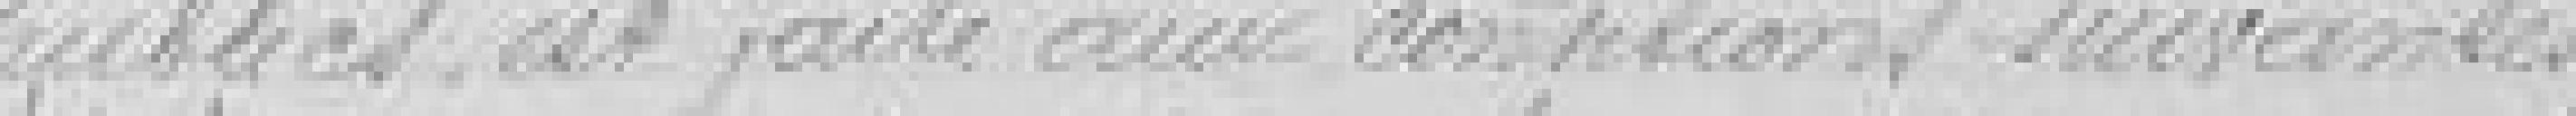
publics est faite aux conditions suivantes :